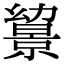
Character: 𢇔